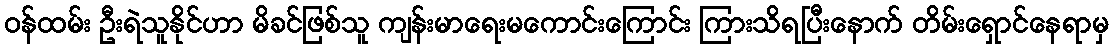
ဝန်ထမ်း ဦးရဲသူနိုင်ဟာ မိခင်ဖြစ်သူ ကျန်းမာရေးမကောင်းကြောင်း ကြားသိရပြီးနောက် တိမ်းရှောင်နေရာမှ